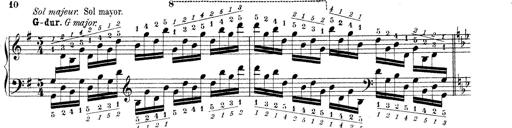
Title: Technische Studien
Composer: Franz Liszt